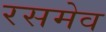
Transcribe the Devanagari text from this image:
रसमेव